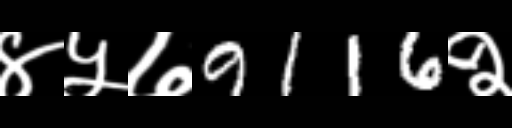
Text: ४५७9116२